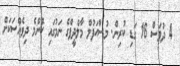
4 ދުވަސް 16 ގަޑި ކުރިން. މުސްޙަފުލް މާލްދީފްްގެ ނަމުގައި ކޮންމެ ދިވެއްސަކަށް